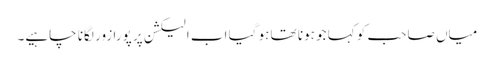
میاں صاحب کو کہا جو ہونا تھا ہو گیا اب الیکشن پر پورا زور لگانا چاہیے۔